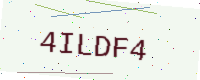
Text: 4ILDF4